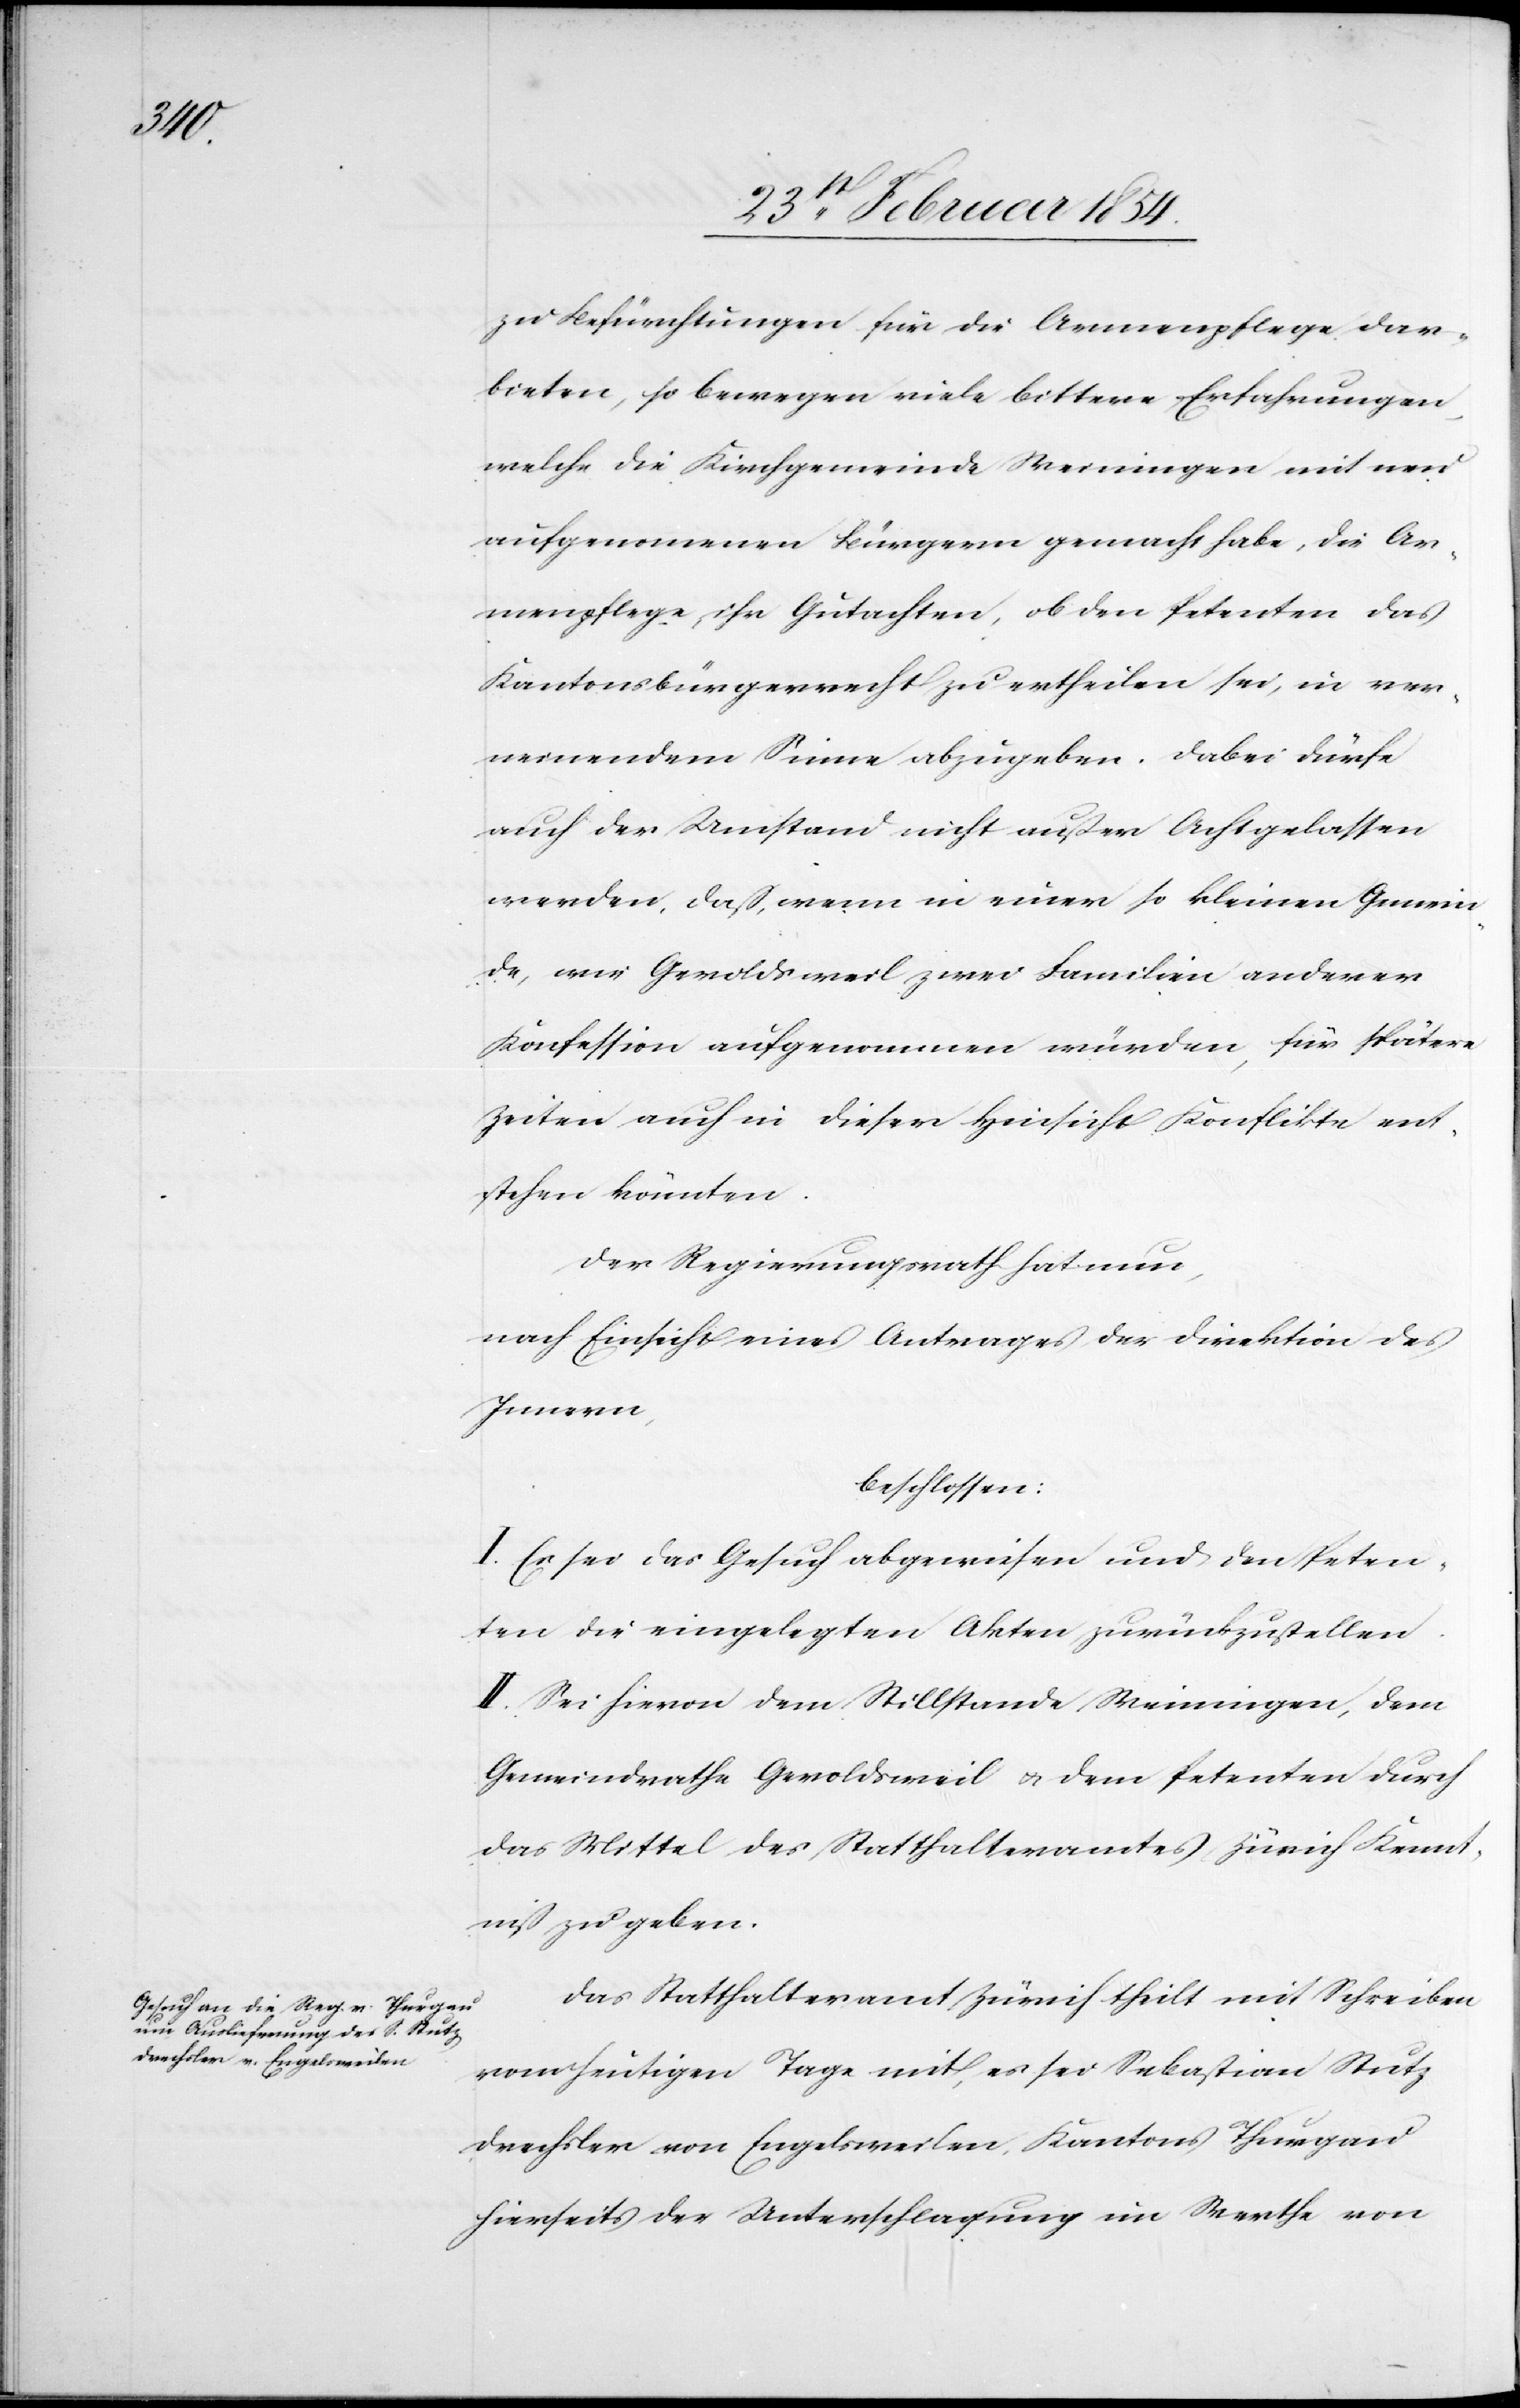
zu Befürchtungen für die Armenpflege dar¬
bieten, so bewegen viele bittere Erfahrungen,
welche die Kirchgemeinde Weiningen mit neu
aufgenommenen Bürgern gemacht habe, die Ar¬
menpflege, ihr Gutachten, ob den Petenten das
Kantonsbürgerrecht zu ertheilen sei, in ver¬
neinendem Sinne abzugeben. dabei dürfe
auch der Umstand nicht außer Achte gelassen
werden, daß, wenn in einer so kleinen Gemein¬
de, wie Geroldsweil zwei Familien anderer
Konfession aufgenommen würden, für spätere
Zeiten auch in dieser Hinsicht Konflikte ent¬
stehen könnten.
Der Regierungsrath hat nun,
nach Einsicht eines Antrages der Direktion des
Innern,
beschlossen:
I. Es sei das Gesuch abgewiesen und den Peten¬
ten die eingelegten Akten zurückzustellen.
II. Sei hievon dem Stillstand Weiningen, dem
Gemeindrathe Geroldsweil u. dem Petenten durch
das Mittel des Statthalteramtes Zürich Kennt¬
niß zu geben.
Das Statthalteramt Zürich theilt mit Schreiben
vom heutigen Tage mit, es sei Sebastian Stutz
Drechsler von Engelsweilen, Kantons Thurgau
hierseits der Unterschlagung im Werthe von